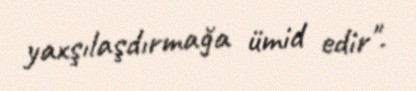
yaxşılaşdırmağa ümid edir".